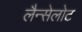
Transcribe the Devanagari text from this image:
लैन्सेलोट